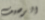
الرصيف